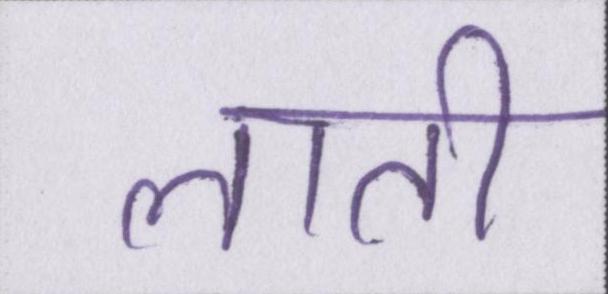
लाती